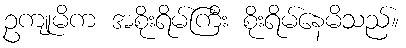
ဥကျုမိက အစိုးရိမ်ကြီး စိုးရိမ်နေမိသည်။